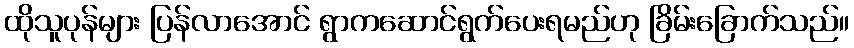
ထိုသူပုန်များ ပြန်လာအောင် ရွာကဆောင်ရွက်ပေးရမည်ဟု ခြိမ်းခြောက်သည်။